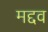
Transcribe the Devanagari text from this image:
मद्दव